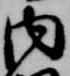
内